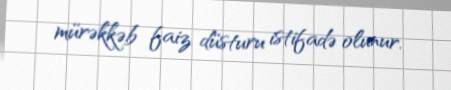
mürəkkəb faiz düsturu istifadə olunur.